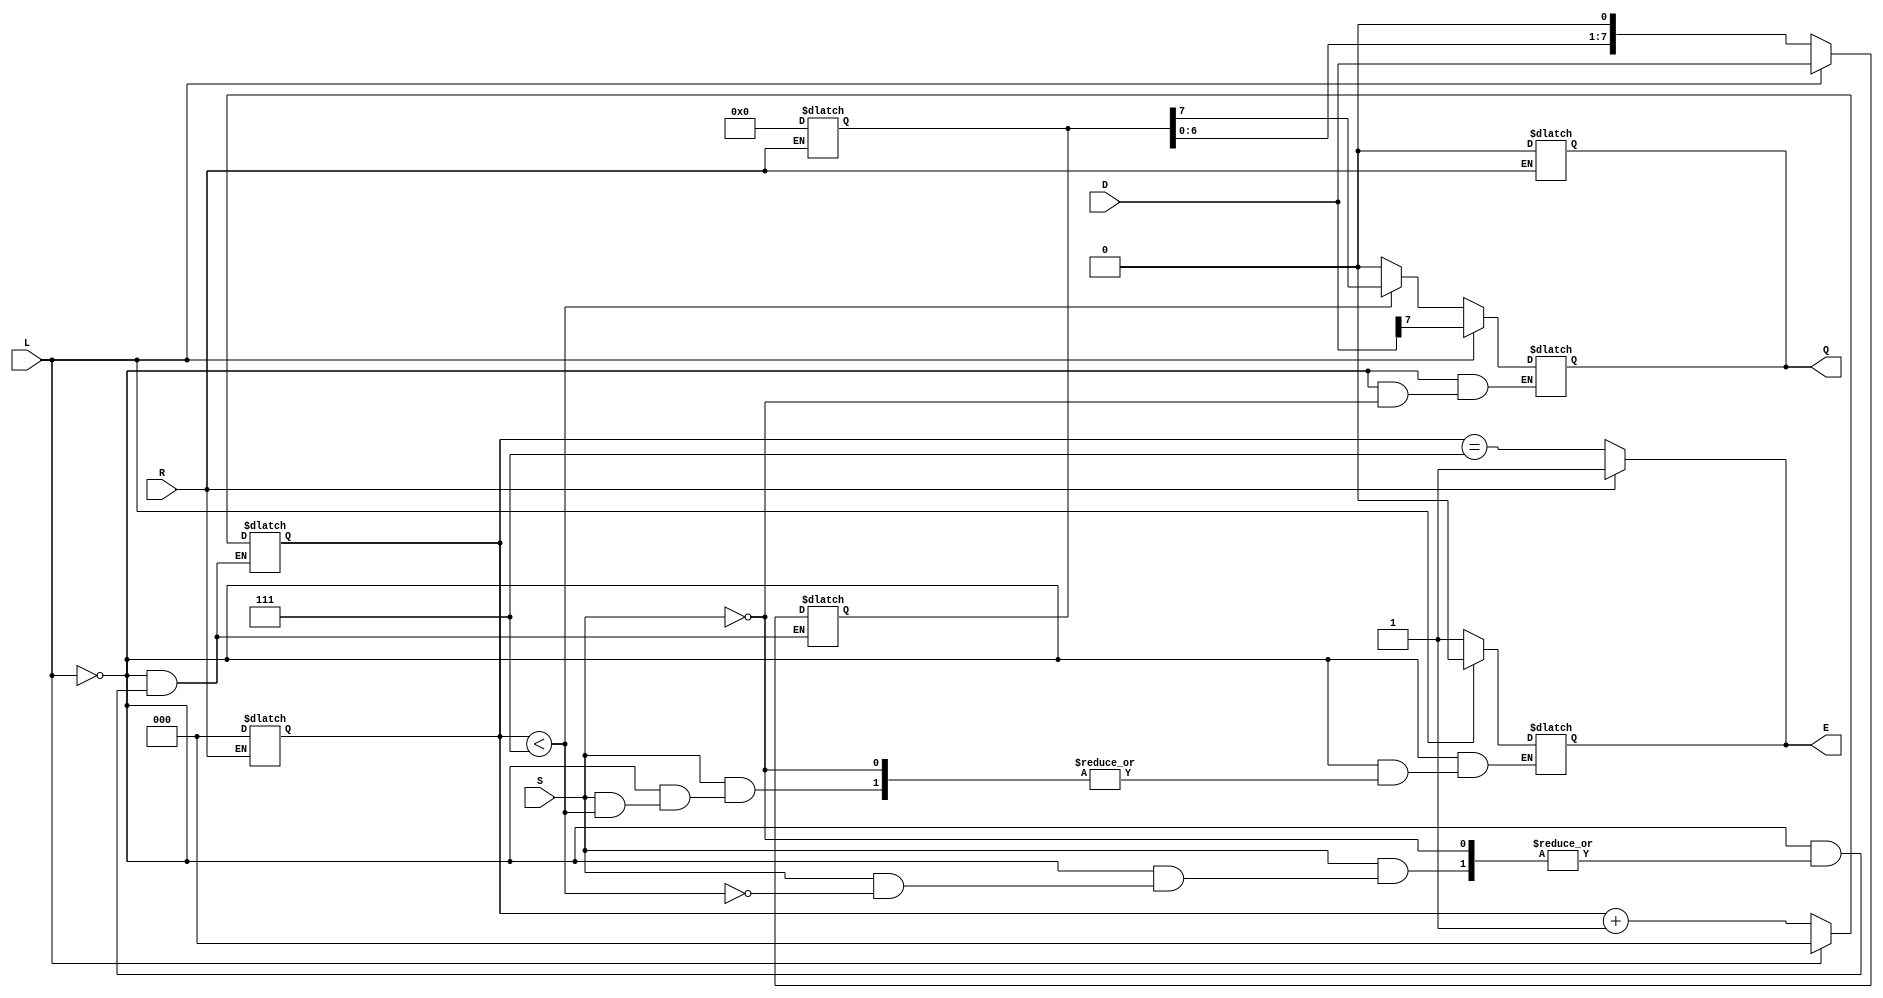
module piso_register (
    input wire [7:0] D,       // Parallel Data Input
    input wire L,             // Load Control Signal
    input wire S,             // Shift Control Signal
    input wire R,             // Asynchronous Reset Signal
    output reg Q,             // Serial Output
    output reg E              // Empty Flag
);

    reg [7:0] SR;             // Shift Register
    reg [2:0] CNT;            // Counter for shifted bits

    // Asynchronous Reset
    always @* begin
        if (R) begin
            SR = 8'b0;        // Clear the shift register
            CNT = 3'b0;      // Reset the counter
            Q = 1'b0;        // Clear the output
            E = 1'b1;        // Set empty flag
        end else begin
            // Default values
            Q = Q;            // Maintain the current output
            E = (CNT == 3'b111); // Set empty flag if all bits shifted out
        end
    end

    // Load and Shift Operations
    always @* begin
        if (L) begin
            SR = D;           // Load data into shift register
            CNT = 3'b0;       // Reset counter
            Q = SR[7];        // Output the MSB
            E = 1'b0;         // Clear empty flag
        end else if (S) begin
            if (CNT < 3'b111) begin
                Q = SR[7];     // Output the MSB
                SR = {SR[6:0], 1'b0}; // Shift right
                CNT = CNT + 1; // Increment counter
            end else begin
                Q = 1'b0;       // If all bits shifted out, output 0
                E = 1'b1;       // Set empty flag
            end
        end
    end

endmodule